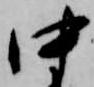
中